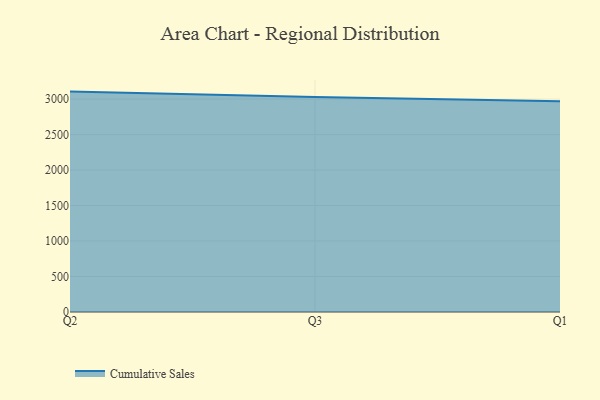
{"axis": {"x": "Quarter", "y": "Shipments"}, "legend": ["Cumulative Sales"], "data": [{"x": "Q2", "y": 3105.4, "type": "Cumulative Sales"}, {"x": "Q3", "y": 3028.2, "type": "Cumulative Sales"}, {"x": "Q1", "y": 2968.9, "type": "Cumulative Sales"}]}